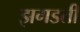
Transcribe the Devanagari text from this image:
झगडती